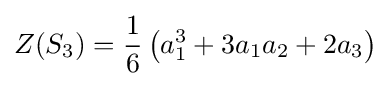
Z(S_{3})={\frac {1}{6}}\left(a_{1}^{3}+3a_{1}a_{2}+2a_{3}\right)